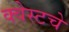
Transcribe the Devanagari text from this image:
क्वेस्टचे